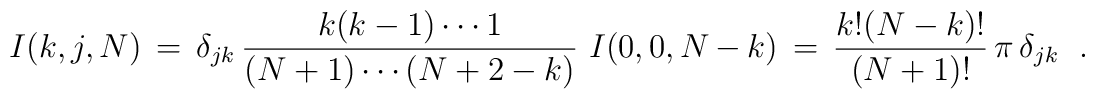
I(k,j,N)\,=\, \delta_{jk}\,\frac{k(k-1)\cdots 1}{(N+1)\cdots (N+2-k)}\ I(0,0,N-k) \,=\,      \frac{k!(N-k)!}{(N+1)!}\, \pi\, \delta_{jk}\ \ .